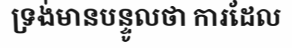
ទ្រង់មានបន្ទូលថា ការដែល